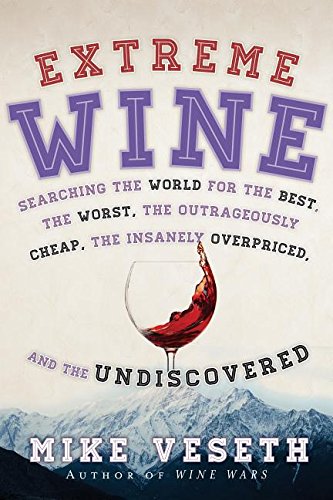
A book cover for Extreme Wine: Searching the World for the Best, the Worst, the Outrageously Cheap, the Insanely Overpriced, and the Undiscovered; Mike Veseth; Cookbooks, Food & Wine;